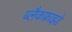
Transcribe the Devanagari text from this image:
ब्लैकफ्राइडे